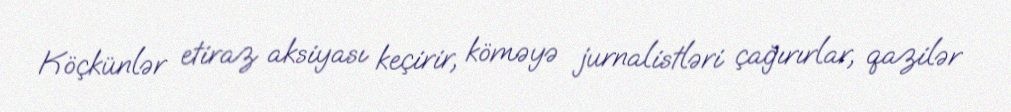
Köçkünlər etiraz aksiyası keçirir, köməyə jurnalistləri çağırırlar, qazilər